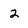
Character: 2